Scottish Leaving Certificate Examination, 1958
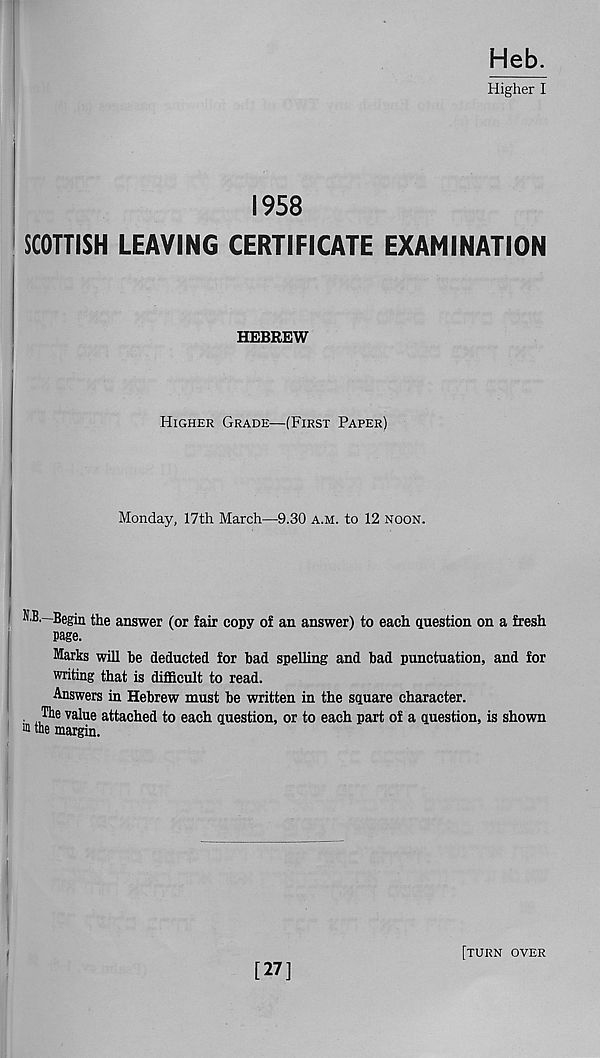
Heb.
Higher I
1958
SCOTTISH LEAVING CERTIFICATE EXAMINATION
HEBREW
Higher Grade—(First Paper)
Monday, 17th March—9.30 a.m. to 12 noon.
N.B.—Begin the answer (or fair copy of an answer) to each question on a fresh
page.
Marks will he deducted for bad spelling and bad punctuation, and for
writing that is difficult to read.
Answers in Hebrew must be written in the square character.
. 1 , Tlle value attached to each question, or to each part of a question, is shown
m the margin.
[27]
[turn over